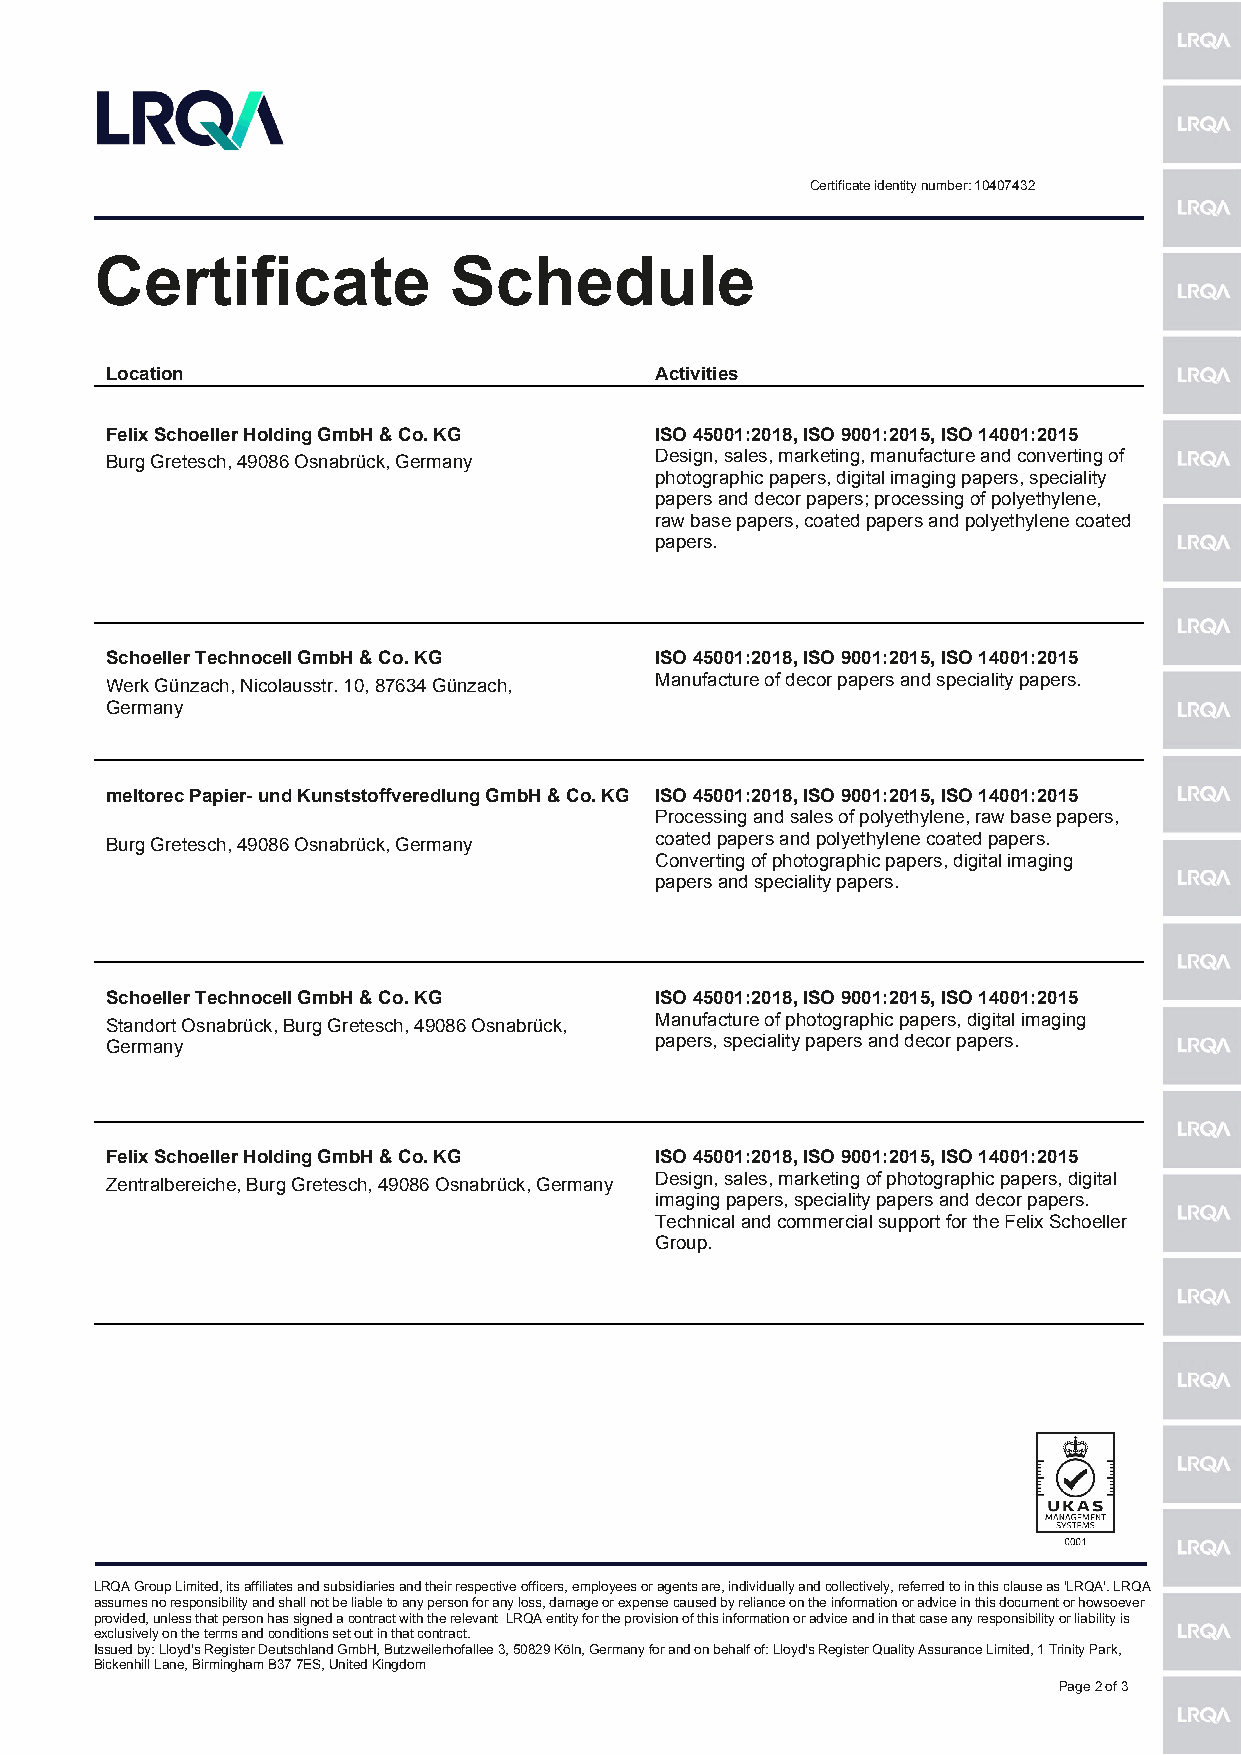
Certificate identity number: 10407432
 Certificate             Schedule
 Location                            Activities
 Felix Schoeller Holding GmbH & Co. KG ISO 45001:2018, ISO 9001:2015, ISO 14001:2015
 Burg Gretesch, 49086 Osnabrück, Germany Design, sales, marketing, manufacture and converting of
 photographic papers, digital imaging papers, speciality
 papers and decor papers; processing of polyethylene,
 raw base papers, coated papers and polyethylene coated
 papers.
 Schoeller Technocell GmbH & Co. KG  ISO 45001:2018, ISO 9001:2015, ISO 14001:2015
 Werk Günzach, Nicolausstr. 10, 87634 Günzach, Manufacture of decor papers and speciality papers.
 Germany
 meltorec Papier- und Kunststoffveredlung GmbH & Co. KG ISO 45001:2018, ISO 9001:2015, ISO 14001:2015
 Processing and sales of polyethylene, raw base papers,
 Burg Gretesch, 49086 Osnabrück, Germany coated papers and polyethylene coated papers.
 Converting of photographic papers, digital imaging
 papers and speciality papers.
 Schoeller Technocell GmbH & Co. KG  ISO 45001:2018, ISO 9001:2015, ISO 14001:2015
 Standort Osnabrück, Burg Gretesch, 49086 Osnabrück, Manufacture of photographic papers, digital imaging
 Germany                             papers, speciality papers and decor papers.
 Felix Schoeller Holding GmbH & Co. KG ISO 45001:2018, ISO 9001:2015, ISO 14001:2015
 Zentralbereiche, Burg Gretesch, 49086 Osnabrück, Germany Design, sales, marketing of photographic papers, digital
 imaging papers, speciality papers and decor papers.
 Technical and commercial support for the Felix Schoeller
 Group.
 LRQA Group Limited, its affiliates and subsidiaries and their respective officers, employees or agents are, individually and collectively, referred to in this clause as 'LRQA'. LRQA
 assumes no responsibility and shall not be liable to any person for any loss, damage or expense caused by reliance on the information or advice in this document or howsoever
 provided, unless that person has signed a contract with the relevant LRQA entity for the provision of this information or advice and in that case any responsibility or liability is
 exclusively on the terms and conditions set out in that contract.
 Issued by: Lloyd's Register Deutschland GmbH, Butzweilerhofallee 3, 50829 Köln, Germany for and on behalf of: Lloyd's Register Quality Assurance Limited, 1 Trinity Park,
 Bickenhill Lane, Birmingham B37 7ES, United Kingdom
 Page 2 of 3